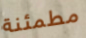
مطمئنة